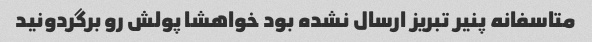
متاسفانه پنیر تبریز ارسال نشده بود خواهشا پولش رو برگردونید